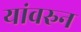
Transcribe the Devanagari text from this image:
यांवरुन